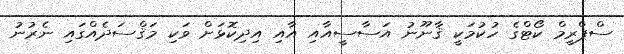
ސްޕްރީމް ކޯޓްގެ ހުކުމަކީ ޤާނޫނު އަސާސީއާއި އާއި އިދިކޮޅަށް ވަކި މަޤްސަދެއްގައި ނެރުނު